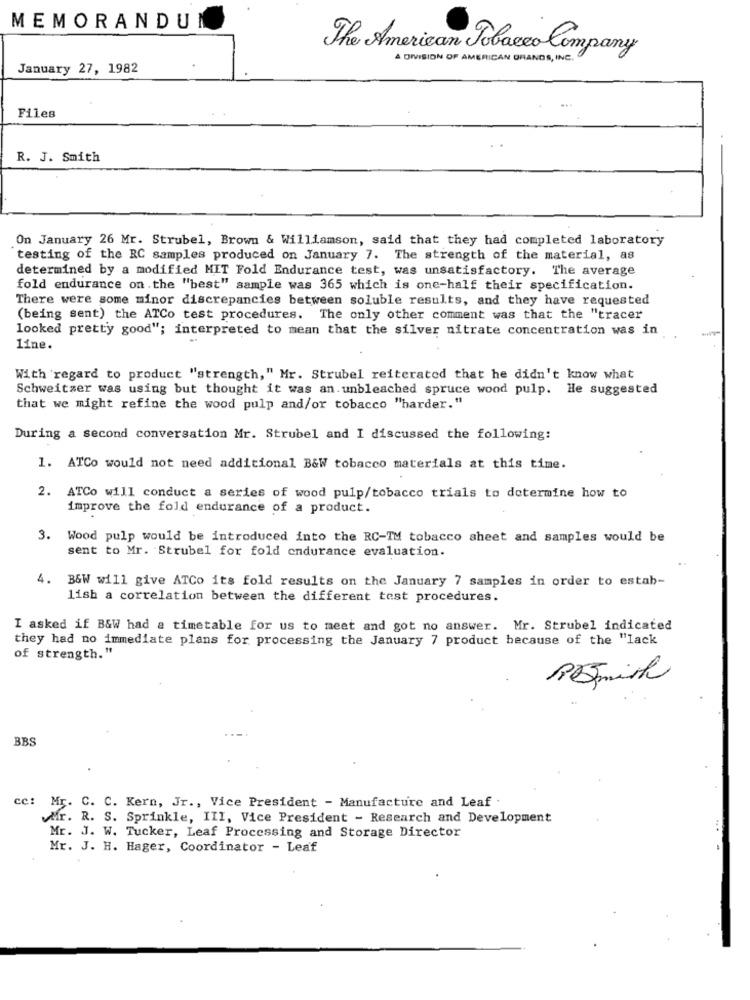
MEMORANDUM
The American Tobacco Company
A DIVISION OF AMERICAN GRANDS , INC.
January 27, 1982
Files
R. J. Smith
On January 26 Mr. Strubel, Brown & Williamson, said that they had completed laboratory
testing of the RC samples produced on January 7. The strength of the material, as
determined by a modified MIT Fold Endurance test, was unsatisfactory. The average
fold endurance on . the "best" sample was 365 which is one-half their specification.
There were some minor discrepancies between soluble results, and they have requested
(being sent) the ATCo test procedures. The only other comment was that the "tracer
looked pretty good"; interpreted to mean that the silver nitrate concentration was in
line.
With regard to product "strength," Mr. Strubel reiterated that he didn't know what
Schweitzer was using but thought it was an. unbleached spruce wood pulp. He suggested
that we might refine the wood pulp and/or tobacco "harder."
During a second conversation Mr. Strubel and I discussed the following:
1. ATCo would not need additional B&W tobacco materials at this time.
2. ATCo will conduct a series of wood pulp/tobacco trials to determine how to
improve the fold endurance of a product.
3. Wood pulp would be introduced into the RC-IM tobacco sheet and samples would be
sent to Mr. Strubel for fold endurance evaluation.
4.
B&W will give ATCo its fold results on the January 7 samples in order to estab-
lish a correlation between the different test procedures.
I asked if B&W had a timetable for us to meet and got no answer. Mr. Strubel indicated
they had no immediate plans for processing the January 7 product because of the "lack
of strength."
Remish
BBS
cc: Mr. C. C. Kern, Jr ., Vice President - Manufacture and Leaf .
Mr. R. S. Sprinkle, III, Vice President - Research and Development
Mr. J. W. Tucker, Leaf Processing and Storage Director
Mr. J. H. Hager, Coordinator - Leaf